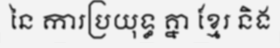
នៃ ការប្រយុទ្ធ គ្នា ខ្មែរ និង